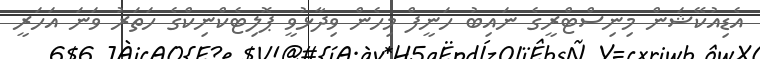
އެޑިއުކޭޝަން މިނިސްޓްރީގެ ނައިބު ހަނީފް މިހެން ވިދާޅުވީ ޕޮލިޓެކްނިކްގެ ހަތަރު ވަނަ އަހަރީ